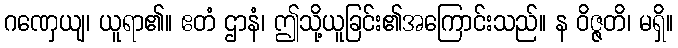
ဂဏှေယျ၊ ယူရာ၏။ ဧတံ ဌာနံ၊ ဤသို့ယူခြင်း၏အကြောင်းသည်။ န ဝိဇ္ဇတိ၊ မရှိ။